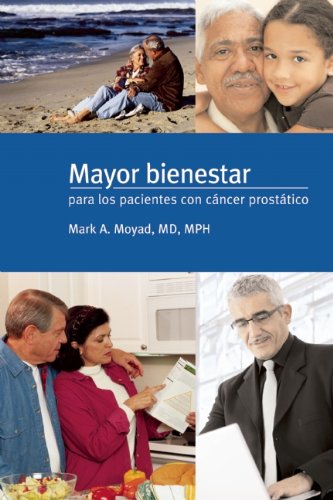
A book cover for Mayor bienestar para los pacientes con cancer prostatico (Spanish Edition); Mark A. Moyad; Health, Fitness & Dieting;